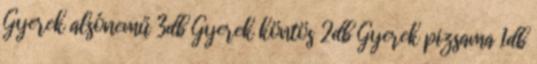
Gyerek alsónemű 3db Gyerek köntös 2db Gyerek pizsama 1db